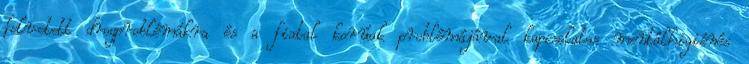
felvetett drogproblémákra és a fiatal korúak problémájával kapcsolatos mentálhigiénés